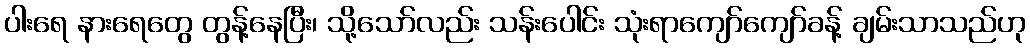
ပါးရေ နားရေတွေ တွန့်နေပြီး၊ သို့သော်လည်း သန်းပေါင်း သုံးရာကျော်ကျော်ခန့် ချမ်းသာသည်ဟု